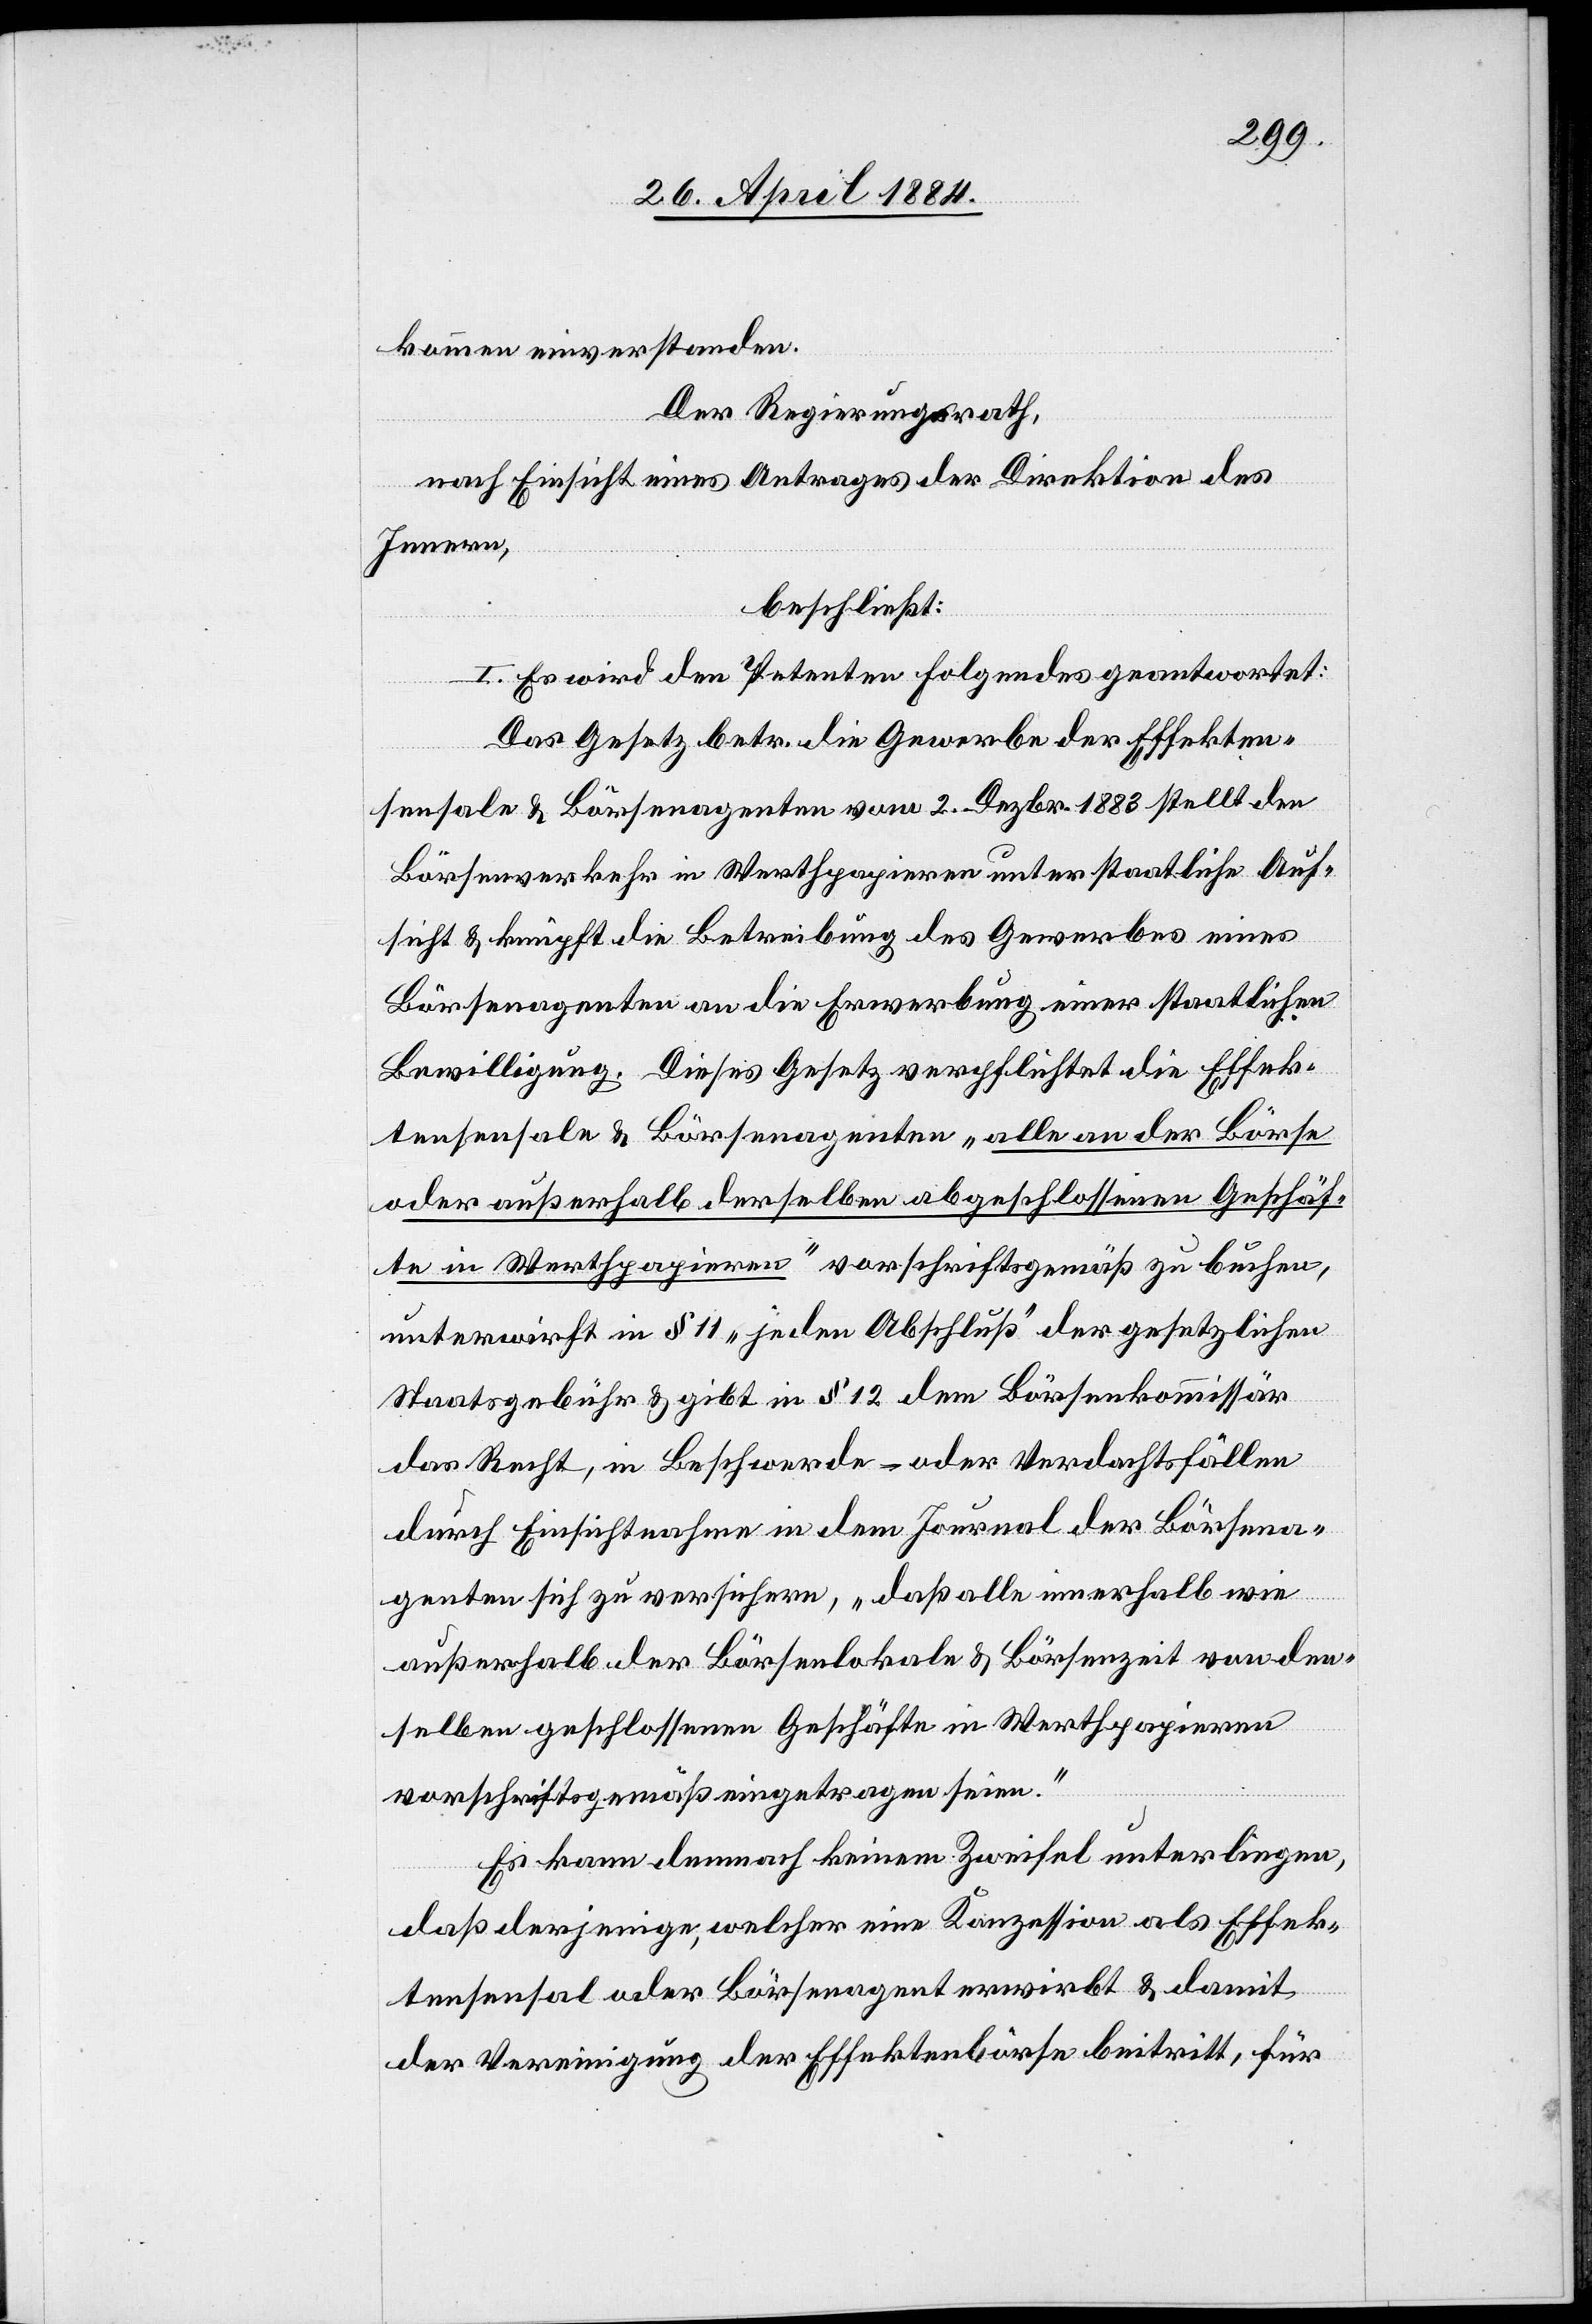
kommen einverstanden.
Der Regierungsrath,
nach Einsicht eines Antrages der Direktion des
Innern,
beschließt:
I. Es wird den Petenten folgendes geantwortet:
Das Gesetz betr. die Gewerbe der Effekten¬
sensale & Börsenagenten vom 2. Dezbr. 1883 stellt den
Börsenverkehr in Werthpapieren unter staatliche Auf¬
sicht & knüpft die Betreibung des Gewerbes eines
Börsenagenten an die Erwerbung einer staatlichen
Bewilligung. Dieses Gesetz verpflichtet die Effek¬
tensensale & Börsenagenten „alle an der Börse
oder außerhalb derselben abgeschlossenen Geschäf¬
te in Werthpapiere“ vorschriftsgemäß zu buchen,
unterwirft in § 11 „jeden Abschluß“ der gesetzlichen
Staatsgebühr & gibt in § 12 dem Börsenkommissär
das Recht, in Beschwerde- oder Verdachtsfällen
durch Einsichtnahme in dem Journal der Börsena¬
genten sich zu versichern, „daß alle innerhalb wie
außerhalb der Börsenlokale & Börsenzeit von den¬
selben geschlossenen Geschäfte in Werthpapieren
vorschriftsgemäß eingetragen seien.“
Es kann demnach keinem Zweifel unterliegen,
daß derjenige, welcher eine Konzession als Effek¬
tensensal oder Börsenagent erwirbt & damit
der Vereinigung der Effektenbörse beitritt, für